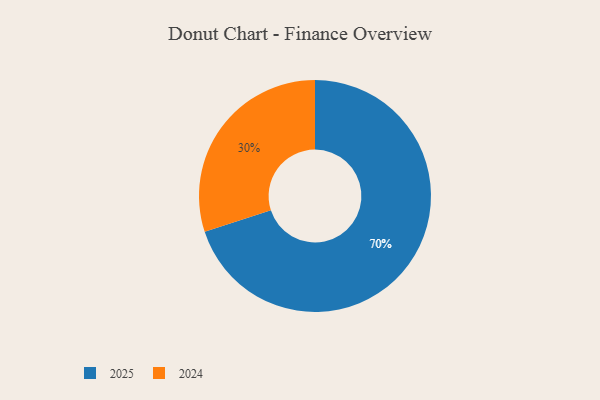
{"axis": {"x": "Category", "y": "Percentage"}, "legend": ["2024", "2025"], "data": [{"x": "2025", "y": 70, "type": "2025"}, {"x": "2024", "y": 30, "type": "2024"}]}